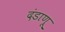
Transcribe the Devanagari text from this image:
दंडाणू